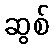
ဆွစ်